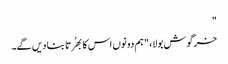
"
خرگوش بولا، "ہم دونوں اس کا بھُرتا بنا دیں گے۔